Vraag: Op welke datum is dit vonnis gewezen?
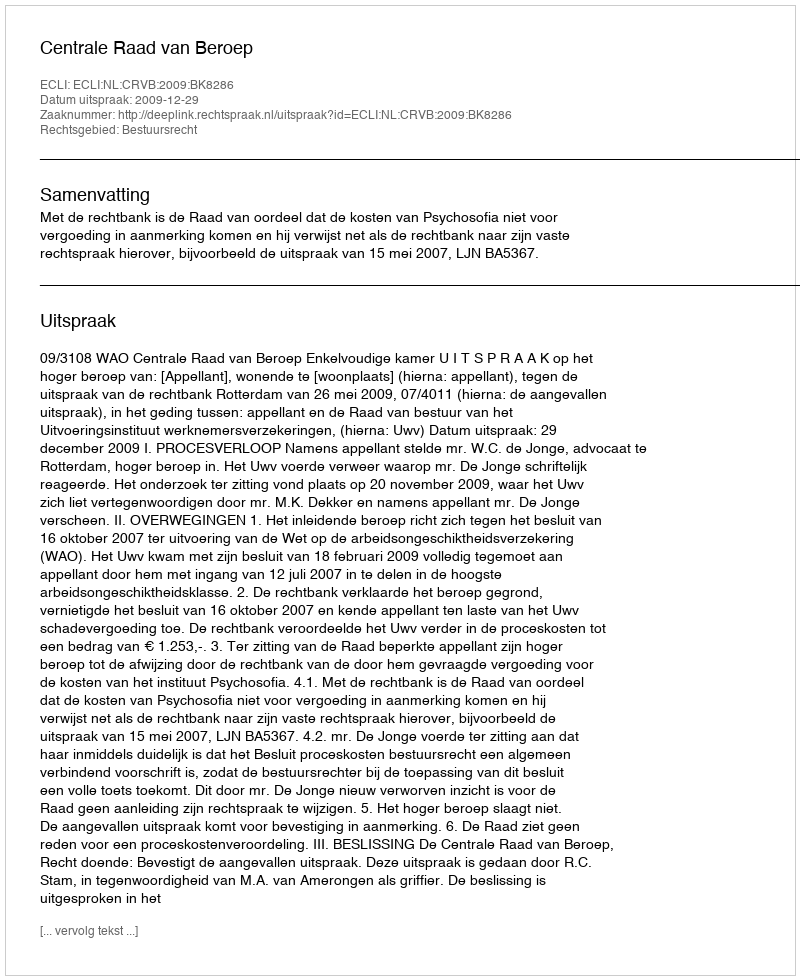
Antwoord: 2009-12-29